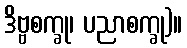
ဒိဗ္ဗစက္ခု၊ ပညာစက္ခု)။